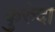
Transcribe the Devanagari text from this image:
कुरुंदा